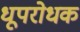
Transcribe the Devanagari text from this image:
धूपरोधक